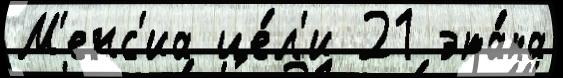
М'енс'иа це́л'и 21 эта́па